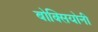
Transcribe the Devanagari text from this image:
बोक्सियोनी